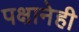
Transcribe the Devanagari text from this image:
पक्षानेही